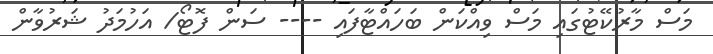
މަސް މާރުކޭޓުގައި މަސް ވިއްކަން ބަހައްޓާފައި ---- ސަން ފޮޓޯ/ އަހުމަދު ޝަރުވާން